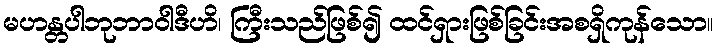
မဟန္တပါဘုဘာဝါဒီဟိ၊ ကြီးသည်ဖြစ်၍ ထင်ရှားဖြစ်ခြင်းအစရှိကုန်သော။